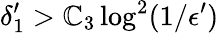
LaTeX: \delta_{1}^{\prime}>\mathbb{C}_{3}\log^{2}(1/\epsilon^{\prime})